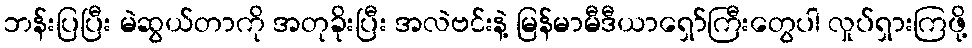
ဘန်းပြပြီး မဲဆွယ်တာကို အတုခိုးပြီး အလဲဗင်းနဲ့ မြန်မာမီဒီယာရှော်ကြီးတွေပါ လှုပ်ရှားကြဖို့